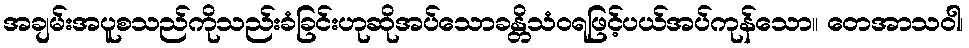
အချမ်းအပူစသည်ကိုသည်းခံခြင်းဟုဆိုအပ်သောခန္တိသံဝရဖြင့်ပယ်အပ်ကုန်သော။ တေအာသဝါ၊